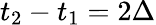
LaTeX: t_{2}-t_{1}=2\Delta